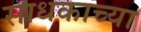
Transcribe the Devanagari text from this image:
साधकाच्या